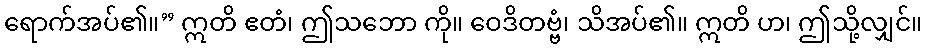
ရောက်အပ်၏။” ဣတိ ဧတံ၊ ဤသဘော ကို။ ဝေဒိတဗ္ဗံ၊ သိအပ်၏။ ဣတိ ဟ၊ ဤသို့လျှင်။